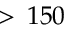
> \, 1 5 0